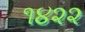
૧૪૨૨